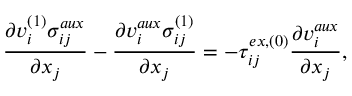
\frac { \partial v _ { i } ^ { ( 1 ) } \sigma _ { i j } ^ { a u x } } { \partial x _ { j } } - \frac { \partial v _ { i } ^ { a u x } \sigma _ { i j } ^ { ( 1 ) } } { \partial x _ { j } } = - \tau _ { i j } ^ { e x , ( 0 ) } \frac { \partial v _ { i } ^ { a u x } } { \partial x _ { j } } ,